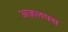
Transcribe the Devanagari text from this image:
अज़लफ्स